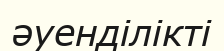
әуенділікті